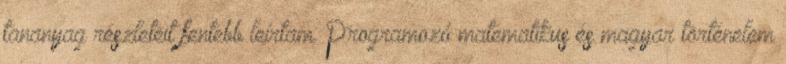
tananyag részleteit fentebb leírtam. Programozó matematikus és magyar történelem